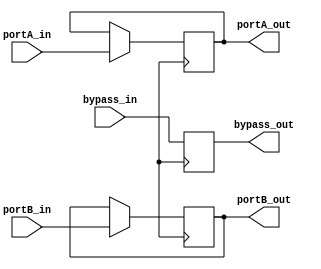
module DualPortBypassReg (
    input [31:0] portA_in,
    input [31:0] portB_in,
    input [31:0] bypass_in,
    output reg [31:0] portA_out,
    output reg [31:0] portB_out,
    output reg [31:0] bypass_out
);

always @(posedge clk) begin
    // Read and write operations for port A
    if (write_en_A) begin
        portA_out <= portA_in;
    end else begin
        portA_out <= portA_out;
    end
    
    // Read and write operations for port B
    if (write_en_B) begin
        portB_out <= portB_in;
    end else begin
        portB_out <= portB_out;
    end
    
    // Bypass operation
    bypass_out <= bypass_in;
end

endmodule